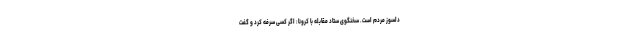
دلسوز مردم است. سخنگوی ستاد مقابله با کرونا: اگر کسی سرفه کرد و گفت